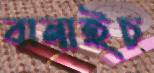
বানাইচ